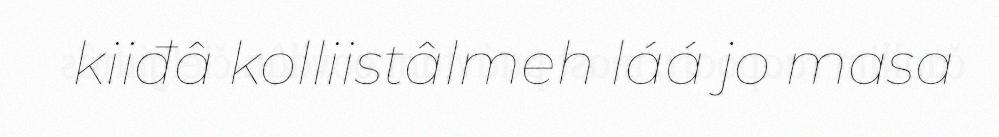
kiiđâ kolliistâlmeh láá jo masa